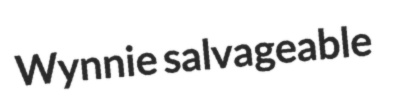
Wynnie salvageable